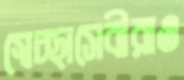
স্বেচ্ছাসেবীরাও